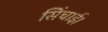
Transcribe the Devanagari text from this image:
सिंचाई।